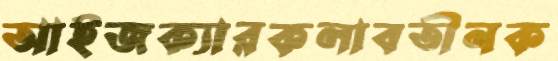
আইজক্যারকলাবতীনক